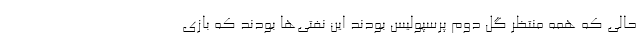
حالی که همه منتظر گل دوم پرسپولیس بودند این نفتی‌ها بودند که بازی